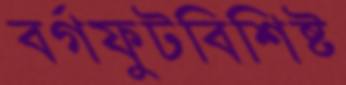
বর্গফুটবিশিষ্ট